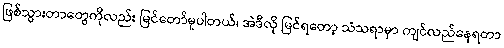
ဖြစ်သွားတာတွေကိုလည်း မြင်တော်မူပါတယ်၊ အဲဒီလို မြင်ရတော့ သံသရာမှာ ကျင်လည်နေရတာ